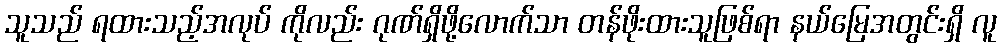
သူသည် ရထားသည့်အလုပ် ကိုလည်း ဂုဏ်ရှိဖို့လောက်သာ တန်ဖိုးထားသူဖြစ်ရာ နယ်မြေအတွင်းရှိ လူ